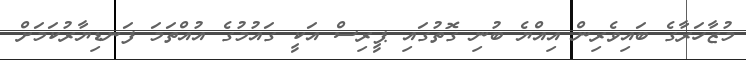
މުޒާހަރާގެ ބައިވެރިން އިއްޔެ ބުނި ގޮތުގައި ޕީރިސް އަކީ ގައުމުގެ އުއްތަމަ ފަނޑިޔާރުކަމަށް